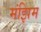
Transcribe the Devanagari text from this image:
मंझिम